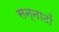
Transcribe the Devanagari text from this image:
सन्नाटों